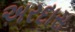
અરદાસ